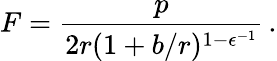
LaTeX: F=\frac{p}{2r(1+b/r)^{1-\epsilon^{-1}}}\, .